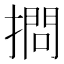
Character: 𢴌